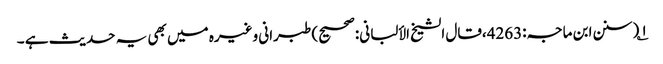
۱؎ (سنن ابن ماجہ:4263،قال الشیخ الألبانی:صحیح) طبرانی وغیرہ میں بھی یہ حدیث ہے ۔